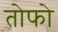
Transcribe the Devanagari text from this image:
तोफो